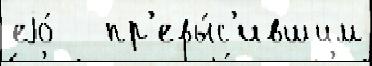
еjо́   пр'евы́с'ившим